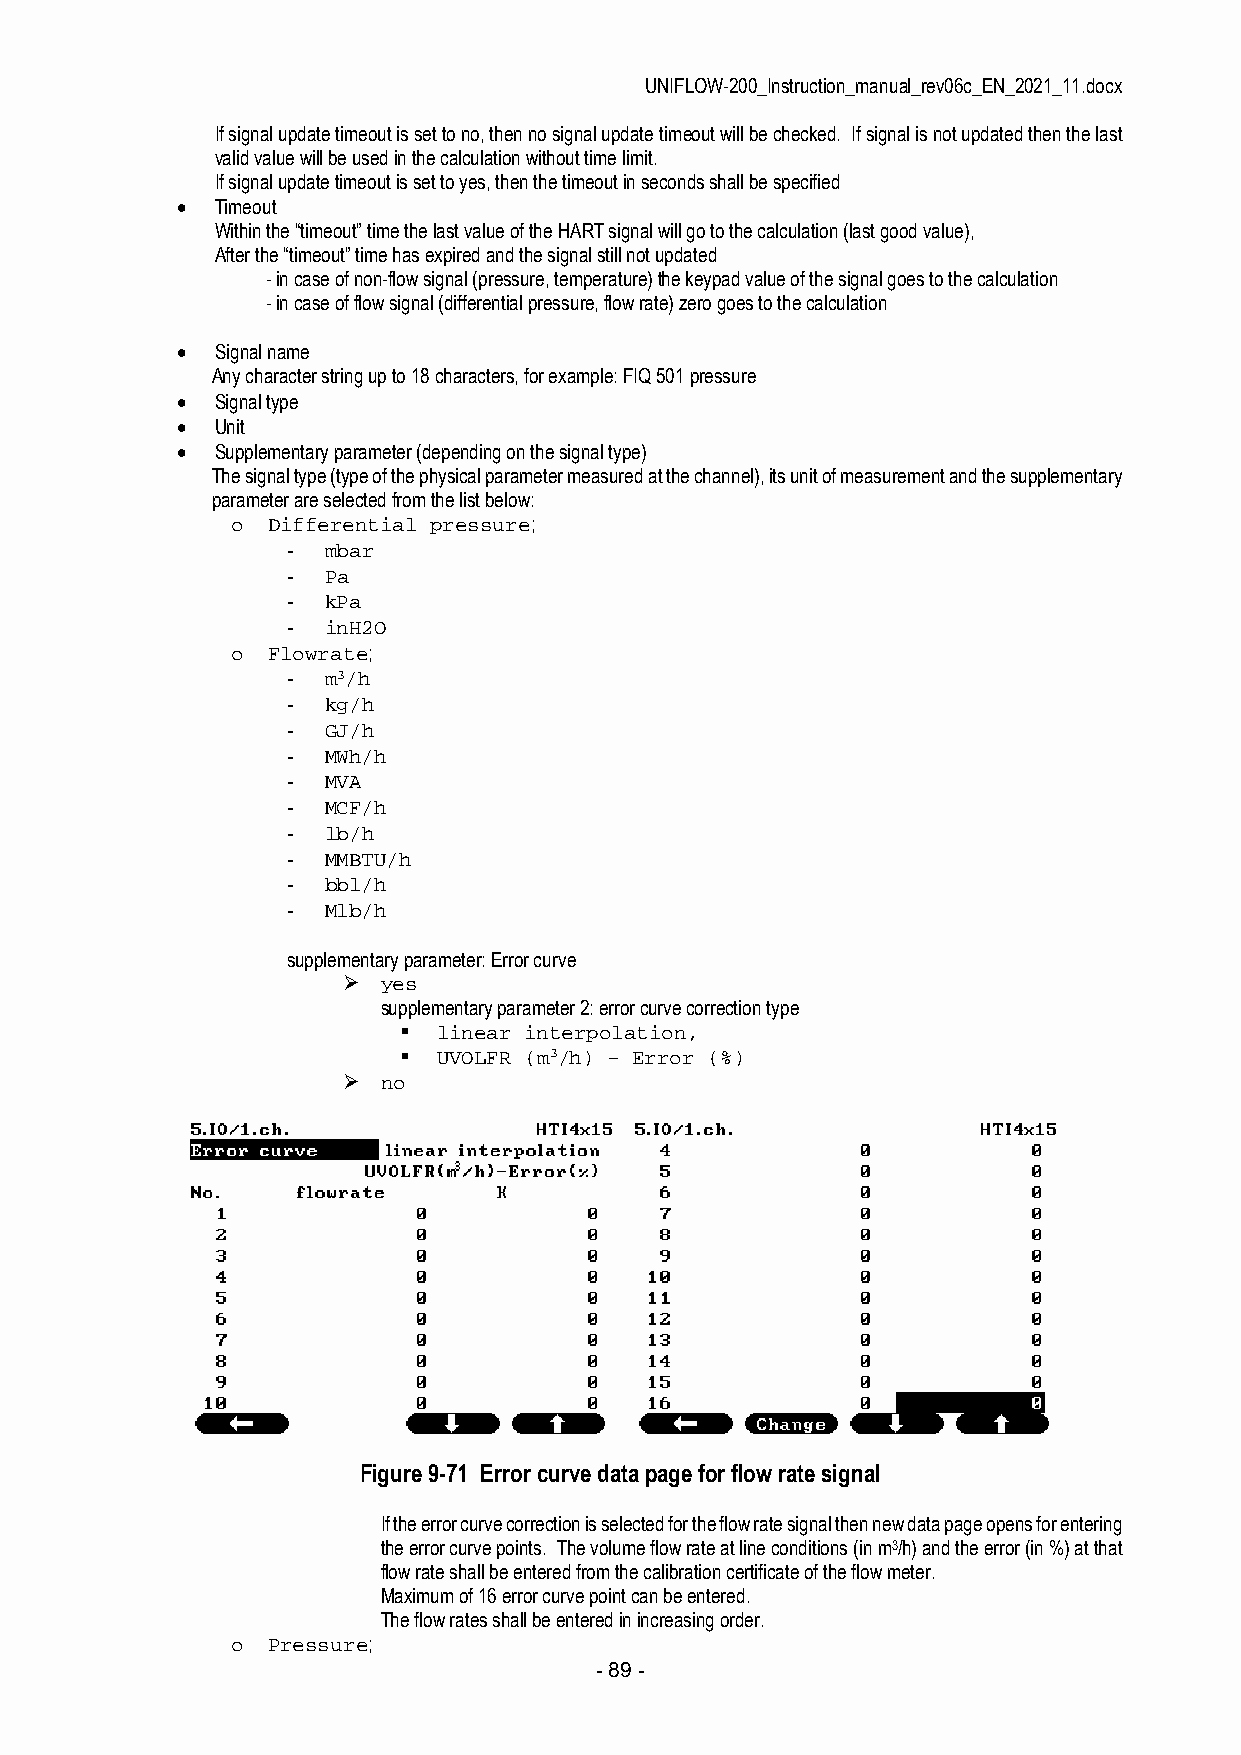
UNIFLOW-200_Instruction_manual_rev06c_EN_2021_11.docx
 If signal update timeout is set to no, then no signal update timeout will be checked. If signal is not updated then the last
 valid value will be used in the calculation without time limit.
 If signal update timeout is set to yes, then the timeout in seconds shall be specified
  Timeout
 Within the “timeout” time the last value of the HART signal will go to the calculation (last good value),
 After the “timeout” time has expired and the signal still not updated
 - in case of non-flow signal (pressure, temperature) the keypad value of the signal goes to the calculation
 - in case of flow signal (differential pressure, flow rate) zero goes to the calculation
  Signal name
 Any character string up to 18 characters, for example: FIQ 501 pressure
  Signal type
  Unit
  Supplementary parameter (depending on the signal type)
 The signal type (type of the physical parameter measured at the channel), its unit of measurement and the supplementary
 parameter are selected from the list below:
 o  Differential pressure;
 - mbar
 - Pa
 - kPa
 - inH2O
 o  Flowrate;
 - m3/h
 - kg/h
 - GJ/h
 - MWh/h
 - MVA
 - MCF/h
 - lb/h
 - MMBTU/h
 - bbl/h
 - Mlb/h
 supplementary parameter: Error curve
  yes
 supplementary parameter 2: error curve correction type
   linear interpolation,
   UVOLFR (m3/h) – Error (%)
  no
 Figure 9-71 Error curve data page for flow rate signal
 If the error curve correction is selected for the flow rate signal then new data page opens for entering
 the error curve points. The volume flow rate at line conditions (in m3/h) and the error (in %) at that
 flow rate shall be entered from the calibration certificate of the flow meter.
 Maximum of 16 error curve point can be entered.
 The flow rates shall be entered in increasing order.
 o  Pressure;
 - 89 -